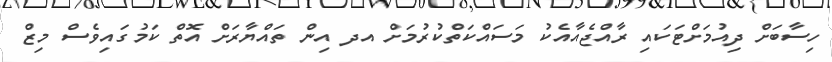
ހިސާބަށް ދިއުމަށްޓަކައި ރާއްޖެއާއެކު މަސައްކަތްކުރުމަށް އދ އިން ތައްޔާރަށް އޮތް ކަމުގައިވެސް މިޒް